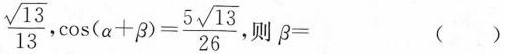
$$\frac{\sqrt{13}}{13}$$，$$\cos(\alpha + \beta)= \frac{5 \sqrt{13}}{26}$$ ，则β= ()